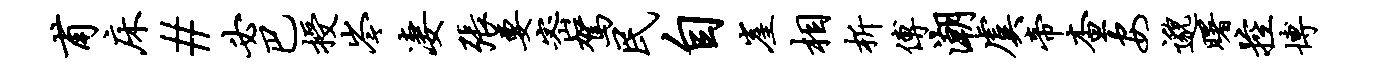
甫床#必巴授岑凄张要密驾民自崖相析傅潮虞帝查安邈曙控博